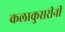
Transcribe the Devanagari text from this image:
कलाकुसरीनी